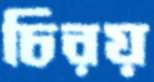
চিরয়